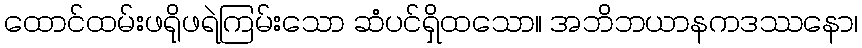
ထောင်ထမ်းဖရိုဖရဲကြမ်းသော ဆံပင်ရှိထသော။ အဘိဘယာနကဒဿနော၊